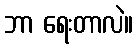
ဘာ ရေးတာလဲ။